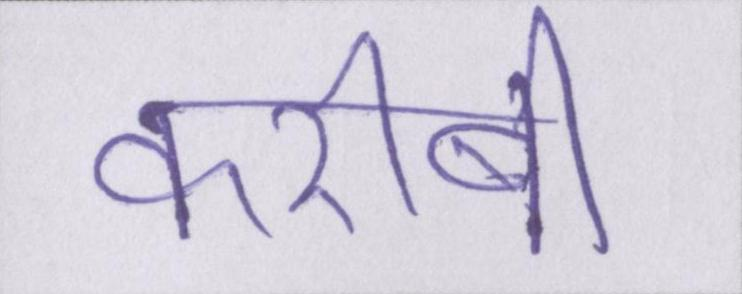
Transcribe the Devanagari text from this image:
करीबी